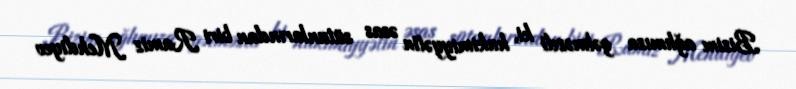
Bizim ağlımıza gəlməzdi ki, hakimiyyətin əsas sütunlarından biri Ramiz Mehdiyev